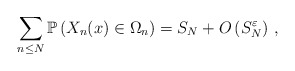
\begin{align*}\sum_{n\le N}{\mathbb{P}} \left( X_n (x) \in \Omega_n \right) = S_N + O\left( S_N^{\varepsilon} \right) \, , \end{align*}